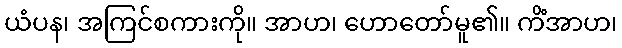
ယံပန၊ အကြင်စကားကို။ အာဟ၊ ဟောတော်မူ၏။ ကိံအာဟ၊